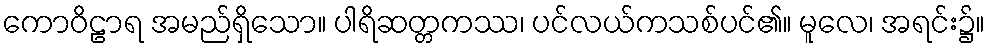
ကောဝိဠာရ အမည်ရှိသော။ ပါရိဆတ္တကဿ၊ ပင်လယ်ကသစ်ပင်၏။ မူလေ၊ အရင်း၌။